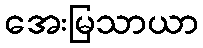
အေးမြသာယာ